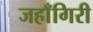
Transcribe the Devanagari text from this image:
जहाँगिरी